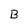
Character: B